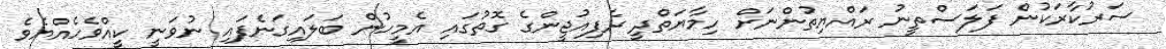
ސަރުކާރަކުން ފަލަސްތީނު ރައްޔިތުންނަށް ހިމާޔަތްދީ ރެފިއުޖީންގެ ގޮތުގައި އެމީހުން ބަލައިގަނެފައި ނުވަނީ ކީއްވެހެއްޔެވެ